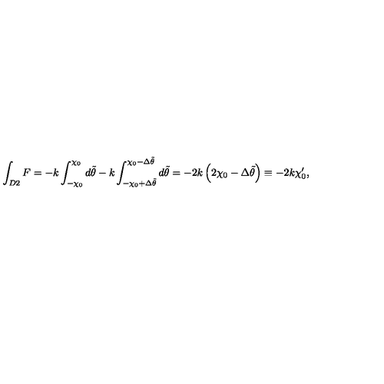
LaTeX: \int _ { D 2 } F = - k \int _ { - \chi _ { 0 } } ^ { \chi _ { 0 } } d \tilde { \theta } - k \int _ { - \chi _ { 0 } + \Delta \tilde { \theta } } ^ { \chi _ { 0 } - \Delta \tilde { \theta } } d \tilde { \theta } = - 2 k \left( 2 \chi _ { 0 } - \Delta \tilde { \theta } \right) \equiv - 2 k \chi _ { 0 } ^ { \prime } ,